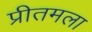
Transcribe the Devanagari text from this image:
प्रीतमला